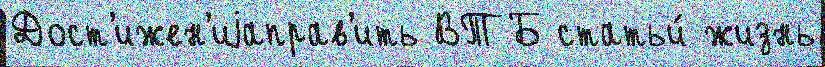
Дост'ижен'иjаправ'ить ВТБ статьи́ жизнь